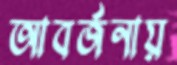
আবর্জনায়